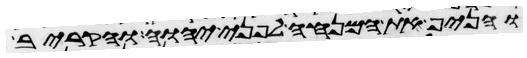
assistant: והניף את המנחה לפני יהוה והקריב